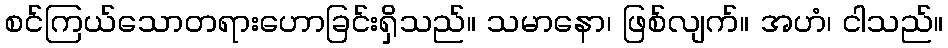
စင်ကြယ်သောတရားဟောခြင်းရှိသည်။ သမာနော၊ ဖြစ်လျက်။ အဟံ၊ ငါသည်။